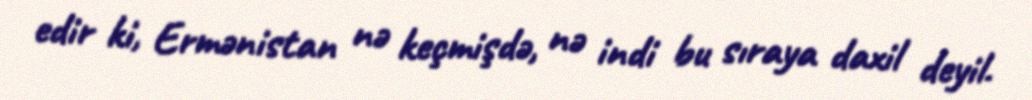
edir ki, Ermənistan nə keçmişdə, nə indi bu sıraya daxil deyil.